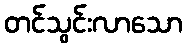
တင်သွင်းလာသော